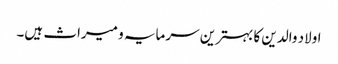
اولاد والدین کا بہترین سرمایہ و میراث ہیں۔